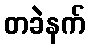
တခဲနက်